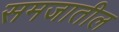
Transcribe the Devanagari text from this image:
समजातील